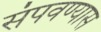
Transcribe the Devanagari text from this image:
संपवण्यास